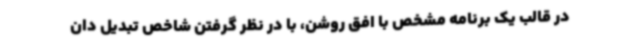
در قالب یک برنامه مشخص با افق روشن، با در نظر گرفتن شاخص تبدیل دان